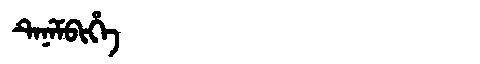
Manchu: ᡨᡝᠨᡝᠮᠪᡳᡥᡝ
Romanization: TENEMBIHE